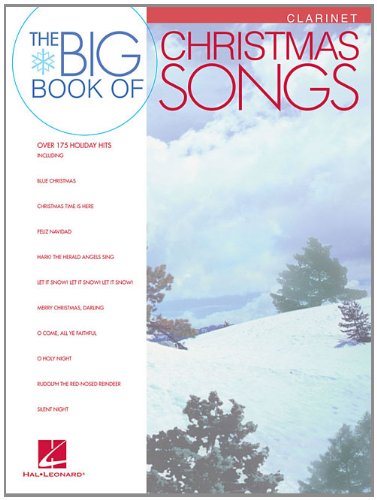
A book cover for Big Book of Christmas Songs Clarinet; Christian Books & Bibles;